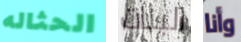
الحثاله البنات وأنا